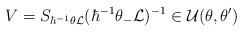
LaTeX: \begin{align*}V=S_{\hbar^{-1}\theta{\cal L}}(\hbar^{-1}\theta_-{\cal L})^{-1}\in {\cal U}(\theta,\theta^\prime)\end{align*}